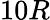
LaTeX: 10R